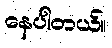
နေပါတယ်။